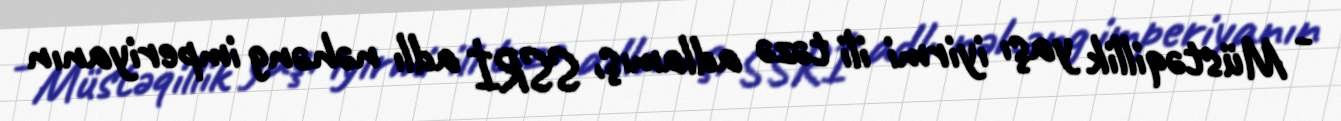
- Müstəqillik yaşı iyirmi ili təzə adlamış, SSRİ adlı nəhəng imperiyanın